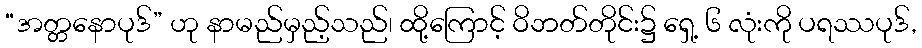
“အတ္တနောပုဒ်” ဟု နာမည်မှည့်သည်၊ ထို့ကြောင့် ဝိဘတ်တိုင်း၌ ရှေ့ ၆ လုံးကို ပရဿပုဒ်,